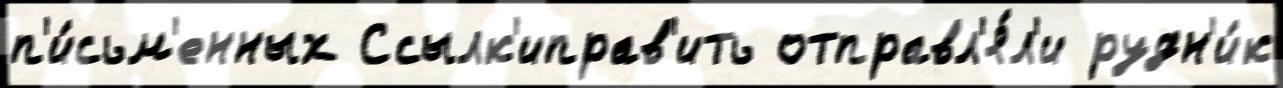
п'и́сьм'енных Ссылк'иправ'ить отправл'я́л'и рудн'и́к